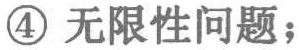
\textcircled{4} 无限性问题；